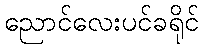
ညောင်လေးပင်ခရိုင်